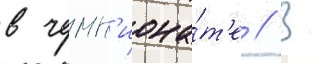
в чемп'иона́т'е // В